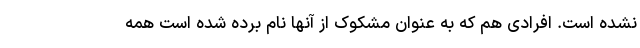
نشده است. افرادی هم که به عنوان مشکوک از آنها نام برده شده است همه